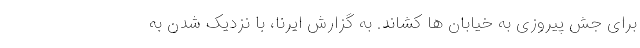
برای جش پیروزی به خیابان ها کشاند. به گزارش ایرنا،‌ با نزدیک شدن به